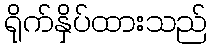
ရိုက်နှိပ်ထားသည်